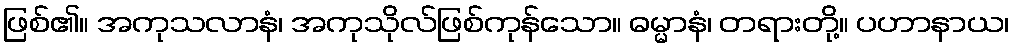
ဖြစ်၏။ အကုသလာနံ၊ အကုသိုလ်ဖြစ်ကုန်သော။ ဓမ္မာနံ၊ တရားတို့။ ပဟာနာယ၊